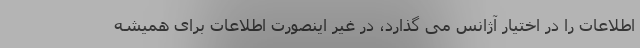
اطلاعات را در اختیار آژانس می گذارد، در غیر اینصورت اطلاعات برای همیشه